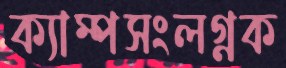
ক্যাম্পসংলগ্নক